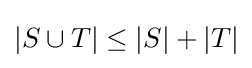
\displaystyle |S\cup T|\leq |S|+|T|